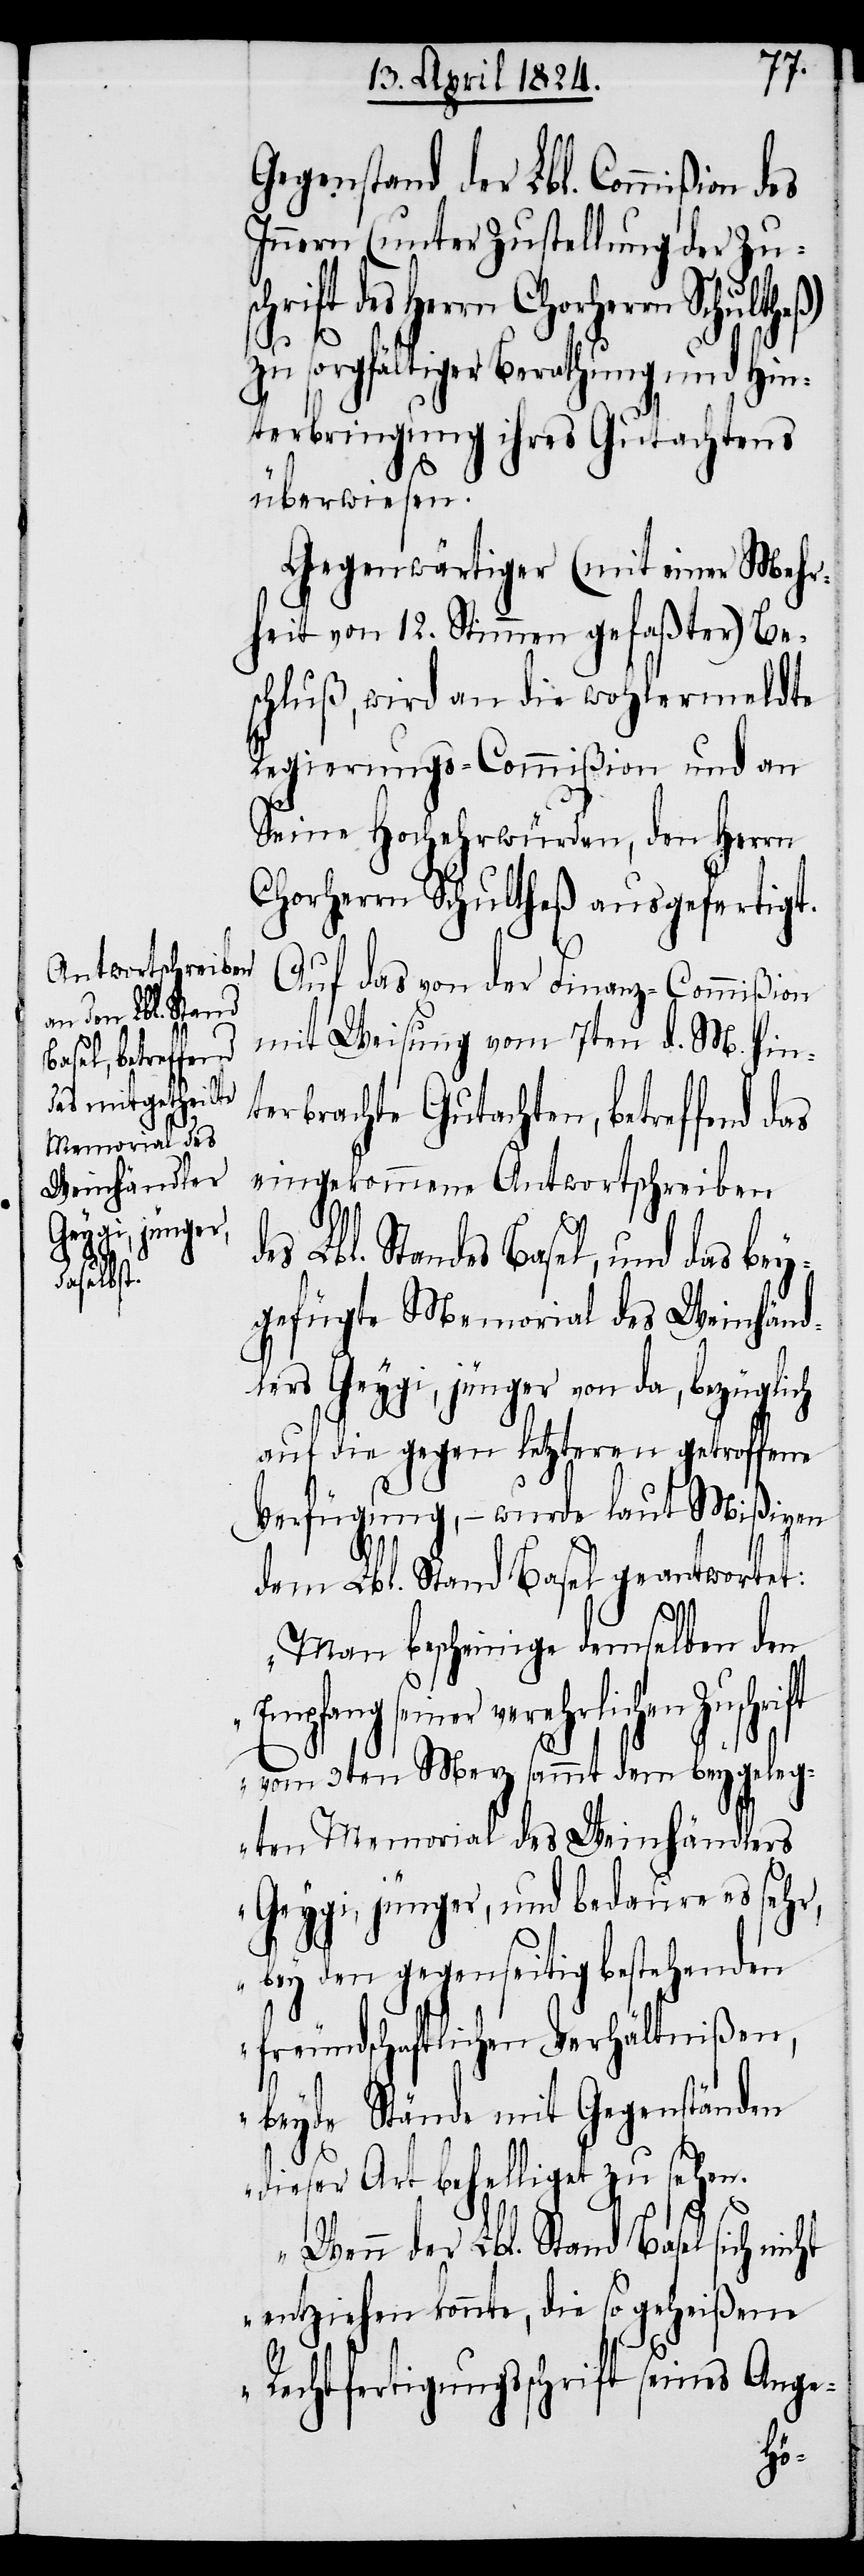
Gegenstand der Lbl. Commißion
Innern (unter Zustellung der Zusc¬
hrift des Herrn Chorherrn Schulthe¬
zu sorgfältiger Berathung und Hin¬
terbringung ihres Gutachtens
überwiesen.
Gegenwärtiger (mit einer Mehr¬
heit von 12. Stimmen gefaßter) Be¬
schluß, wird an die wohlermeldte
Regierungs-Commißion und an
Seine Hochehrwürden, den Herrn
Chorherrn Schultheß ausgeliefert.
Auf das von der Finanz-Commißion
mit Weisung vom 7ten d. M. hin¬
terbrachte Gutachten, betreffend
eingekommene Antwortschreiben
des Lbl. Standes Basel, und das bey¬
gefügte Memorial des Weinhänd¬
lers Geygi, jünger von da, bezüglich
auf die gegen letzteren getroffene
Verfügung, – wurde laut Mißiven
dem Lbl. Stand Basel geantwortet:
„Man bescheine demselben den
Empfang seiner verehrlichen
vom 3ten Merz sammt dem beygeleg¬
ten Memorial des Weinhändlers
Geygi, jünger, und bedaure es sehr,
bey den gegenseitig bestehenden
freundschaftlichen Verhältnißen,
beyde Stände mit Gegenständen
dieser Art behelliget zu sehen.
ß)
Wenn der Lbl. Stand Basel sich nicht
entziehen konnte, die so geheißene
Rechtfertigungsschrift seines Ange-